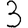
Digit: 3